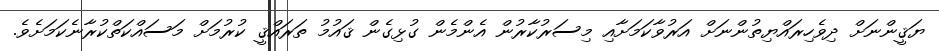
ޔަޤީންނަށް ދިވެހިރައްޔިތުންނަށް އަރުވާކަމަށާއި މިސަރުކާރުން އެންމެން ގުޅިގެން ޤައުމު ތަރައްޤީ ކުރުމަށް މަސައްކަތްކުރާނެކަމަށެވެ.